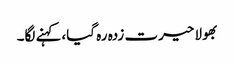
بھولا حیرت زدہ رہ گیا،کہنے لگا۔